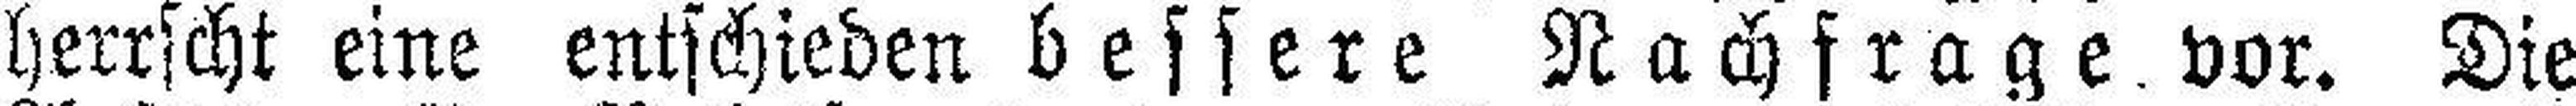
herrscht eine entschieden bessere Nachfrage vor. Die